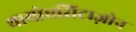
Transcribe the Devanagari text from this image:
थायोएसिटाज़ोन